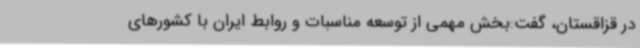
در قزاقستان، گفت:بخش مهمی از توسعه مناسبات و روابط ایران با کشورهای